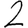
Digit: 2